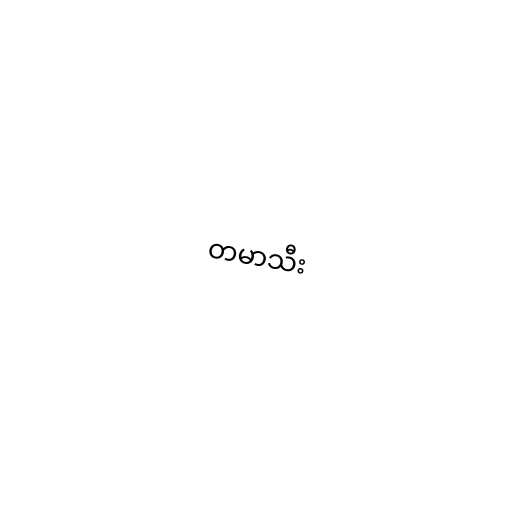
တမာသီး